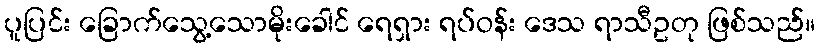
ပူပြင်း ခြောက်သွေ့သောမိုးခေါင် ရေရှား ရပ်ဝန်း ဒေသ ရာသီဥတု ဖြစ်သည်။